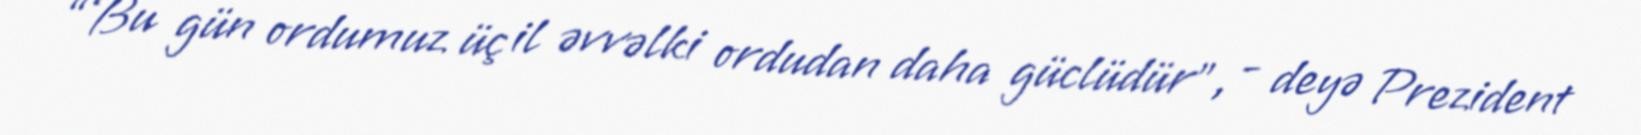
“Bu gün ordumuz üç il əvvəlki ordudan daha güclüdür”, - deyə Prezident